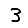
Digit: 3